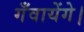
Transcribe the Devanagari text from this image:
गँवायेंगे।